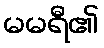
မမရီ၏